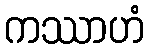
ကဿာဟံ